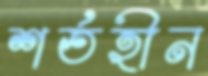
শর্তহীন